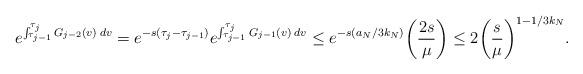
LaTeX: \begin{align*}e^{\int_{\tau_{j-1}}^{\tau_j} G_{j-2}(v) \: dv} = e^{-s(\tau_j - \tau_{j-1})} e^{\int_{\tau_{j-1}}^{\tau_j} G_{j-1}(v) \: dv} \leq e^{-s(a_N/3k_N)} \bigg( \frac{2s}{\mu} \bigg) \leq 2 \bigg( \frac{s}{\mu} \bigg)^{1-1/3k_N}.\end{align*}